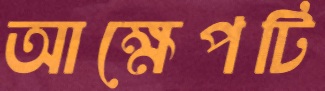
আক্ষেপটি